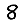
Digit: 8